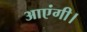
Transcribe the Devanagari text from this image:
आएंगी।